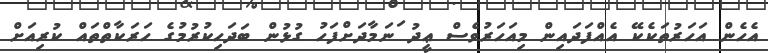
އެހެން އަހަރުތަކެކޭ އެއްފަދައިން މިއަހަރުވެސް ޢީދު ަނަމާދަށްފަހު ގުޅުން ބަދަހިކުރުމުގެ ހަރަކާތްތައް ކުރިއަށް